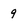
Character: 9